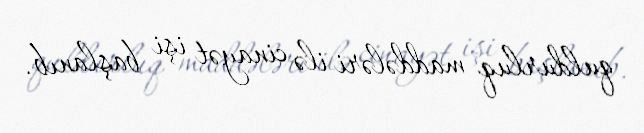
quldurluq maddələri ilə cinayət işi başlanıb.